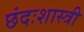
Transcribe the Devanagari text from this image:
छंदःशास्त्री